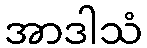
အာဒါသံ